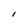
Character: l